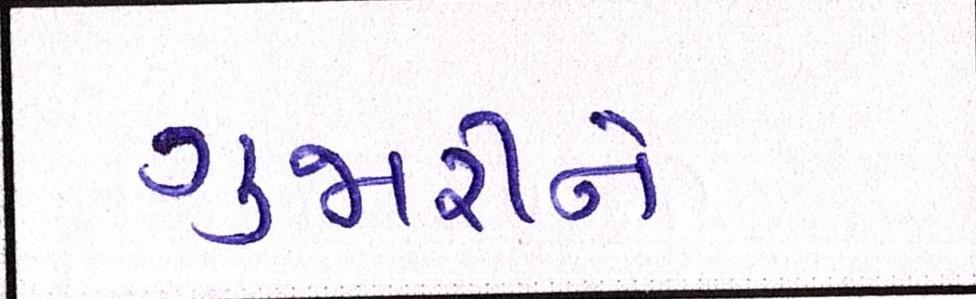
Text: ગુજારીને